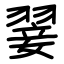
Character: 翣